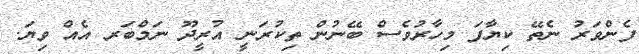
ފެންވަރު ނެތޭ ކިޔާފަ މިހާރުވެސް ބޭނުން ތިކުރަނީ އުރީދޫ ނަމްބަރ އެއް ވިޔަ.